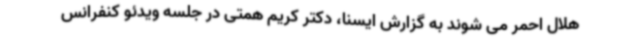
هلال احمر می شوند به گزارش ایسنا، دکتر کریم همتی در جلسه ویدئو کنفرانس